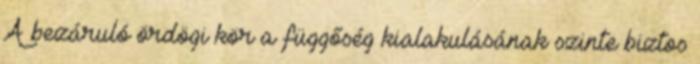
A bezáruló ördögi kör a függőség kialakulásának szinte biztos